Annual statistical returns and brief notes on vaccination in Bengal - 1887-1898
Year: 1887
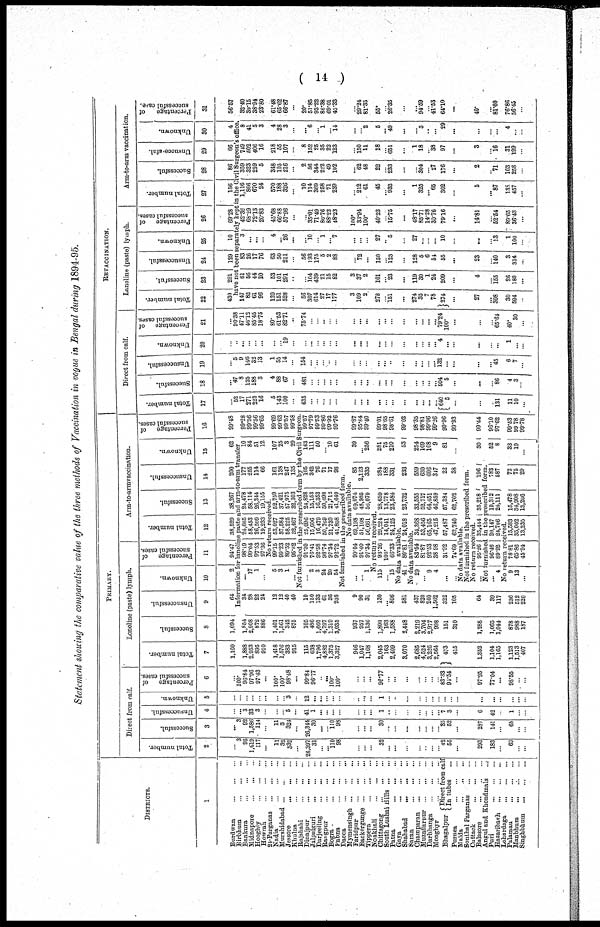
( 14 )
Statement showing the comparative value of the three methods of Vaccination in vogue in Bengal during 1894-95.
DISTRICTS.
1
Burdwan
...
...
...
Birbhum
...
...
...
Bankura
...
...
...
Midnapore
...
...
...
Hooghly
...
...
...
Howrah
...
...
...
2l-Parganas
...
...
...
Nadia
...
...
...
Murshidabad ... ... ...
Jessore
...
...
...
Khulna ... ... ...
Rajshahi
...
...
...
Dinajpur
...
...
...
Jalpaiguri
...
...
...
Darjeeling
...
...
...
Rangpur
...
...
...
Bogra ... ... ...
Pabna
...
...
...
Dacca
...
...
...
Mymensingh ... ... ...
Faridpur ... ... ...
Backergunge ... ... ...
Tippera
...
...
...
Noakhali
...
...
...
Chittagong
...
...
...
South Lushai Hills ... ...
Patna
...
...
...
Gaya
...
...
...
Shahabad
...
...
...
Saran
...
...
...
Champaran
...
...
...
Muzaffarpur ... ... ...
Darbhanga
...
...
...
Monghyr ... ... ...
Bhagalpur Direct from calf
In tubes ...
Purnea
...
...
...
Malda
...
...
...
Sonthal Parganas
...
...
Cuttack
...
...
...
Balasore
...
...
...
Angul and Khondmals ...
Puri
...
...
...
Hazaribagh
...
...
...
Lohardaga
...
...
...
Palamau
...
...
...
Manbhum ... ... ...
Singhbhum
...
...
...
PRIMARY.
Direct from calf.
Total number.
2
...
3
95
1,619
117
...
11
32
332
...
26,397
31
...
...
110
98
...
...
...
32
...
...
...
...
...
...
...
42
55
...
293
183
...
69
...
...
Successful.
3
...
3
92
1,586
114
...
11
3
324
...
26,314
30
...
...
110 98
...
...
...
30
...
...
...
...
...
...
...
35
52
...
287
141
...
68
...
...
Unsuccessful.
4
...
...
3
33
3
...
...
...
5
...
41
1
...
...
...
...
...
...
...
1
...
...
...
...
...
...
...
7
3
...
6
42
...
1
...
...
Unknown.
5
...
...
...
...
...
...
...
...
3
...
12
...
...
...
...
...
...
...
...
1
...
...
...
...
...
...
...
...
...
...
...
...
...
...
...
...
Percentage of
successful cases.
6
...
100.
96.84
97.96
97.43
...
100.
100.
98.48
...
99.84
96.77
...
...
100.
100.
...
...
...
96.77
...
...
...
...
...
...
...
83.33
94.54
...
97.95
77.04
...
98.55
...
...
Lonoline (paste) lymph.
Total number.
7
1,160
...
1,888
2,953
895
910
1,418
1,576
383
915
115
638
1,796
4,882
1,375
3,327
946
1,047
1,168
2,045
163
2,409
3,070
2,685
4,524
3,226
2,564
473
415
1,352
1,104
1,165
1,123
1,513
407
Successful.
8
1,094
...
1,854
2,908
872
886
1,401
1,561
342
875
105
486
1,660
4,797
1,319
3,035
937
957
1,136
1,800
163
1,588
2,448
2,219
3,704
2,977
998
151
310
1,288
1,065
1,044
878
988
187
Unsuccessful.
9
64
Unknown.
10
2
Percentage of
successful cases.
11
94.47
Arm-to-armvaccination.
Total number.
12
38,529
Successful.
13
38,267
Unsuccessful.
14
200
Unknown.
15
62
Information for lanoline paste and arm-to-arm transfer
34
28
22
24
12
12
40
40
10
150
133
61
36
238
9
90
31
130
... 806
581
437
820
240
1,562
322
105
64
39
117
236
512
220
...
17
1
...
98.19
99.04
97.53
97.36
24,665
58,453
26,509
19,233
24,478
58,114
26,344
19,155
177
255
114
66
No return received.
5
3
1
...
99.15
99.23
89.52
95.62
53,027
37,584
58,225
32,467
52,759
37,421
57,975
32,303
161
138
247
135
10
84
51
12
107
25
3
29
P ercentage of
successful cases.
16
99.48
99.28
99.56
99.56
99.65
99.69
99.63
99.57
99.58
Not furnished in the' prescribed form by the Civil Surgeon.
...
2
3
24
20
54
91.30
76.41
92.58
98.74
97.34
92.72
25,096
15,606
16,479
50,769
21,739
41,808
24,828
15,153
16,353
50,698
21,712
41,649
105
342
76
71
17
98
Not furnished in the prescribed form.
No data available.
...
...
1
99.04
91.40
97.34
69,198
51,108
56,661
69,074
48,985
56,070
No return received.
115
...
l5
93.26
100.
66.33
29,221
14,041
24,125
28,659
13,778
23,584
No data available.
41 80.81 24,018 23,732
No data available.
29
...
9
4
...
...
83.54
81.87
92.53
38.98
31.92
74.69
34,368
53,456
65,165
47,215
57,487
62,740
33,555
52,717
64,451
46,859
57,384
62,702
85
2,123
335
284
188
331
233
559
630
606
347
22
38
No data available.
Not furnished in the prescribed form.
No return received.
...
95.26 35,444 35,218
196
Not furnished in the prescribed form.
... 4
96.46
89.92
20,147
24,706
19,312
24,111
783
587
No return received.
9
13
...
78.81
65.86
45.94
15,583
35,002
13,235
15,478
34,908
13,206
72
75
29
163
111
50
...
10
61
39
...
256
281
75
210
53
254
109
108
9
81
...
30
52
8
33
19
...
99.57
97.79
99.53
99.86
99.92
99.76
99.87
95.84
99.40
99.01
98.65
98.61
99.02
98.35
98.81
99.06
99.26
99.96
99.93
99.44
96.10
97.62
99.53
99.78
99.78
REVACCINATION.
Direct from calf.
Total number.
17
...
52
17
271
220
16
5
143
100
...
635
...
...
...
...
...
...
...
...
...
...
...
...
...
...
...
...
640
5
...
...
...
131
11
10
...
Successful.
18
...
47
8
125
188
3
4
88
67
...
481
...
...
...
...
...
...
...
...
...
...
...
...
...
...
...
...
504
5
...
...
...
86
4
3
...
Unsuccessful.
19
...
5
9
146
32
13
1
55
14
...
154
...
...
...
...
...
...
...
...
...
...
...
...
...
...
...
...
132
...
...
...
... 45
6
7
...
Unknown.
20
...
...
...
...
...
...
...
19
...
...
...
...
...
...
...
...
...
...
...
...
...
...
...
...
...
...
4
...
...
...
...
...
1
...
...
Percentage of
successful cases.
21
...
90.38
47.11
46.12
85.45
18.75
80.
61.53
82.71
...
75.74
...
...
..
...
...
...
...
...
...
...
...
...
...
...
...
...
79.24
100.
...
...
...
65.64
40.
30
...
Lanoline (paste) lymph.
Total number.
22
430
Successful.
23
291
Unsuccessful.
24
129
Unknown.
25
10
Percentage of
successful cases.
26
69.28
Arm-to-arm vaccination.
Total number.
27
156
Successful.
28
86
Unsuccessful.
29
66
Unknown.
30
4
Percentage
of
successful case.
31
56.57
have not been separately kept in the Civil Surgeon's office.
147
82
61
96
120
151
528
...
56
307
614
27
17
177
3
109
2
278
...
151
...
274
35
7
78
274
...
27
...
308
30
594
...
61
56
44
20
53
101
291
...
...
104
439
21
15
82
3
37
2
101
... 23
...
119
30
1
24
209
...
4
...
155
26
180
...
83
26
17
76
63
50
211
...
56
193
175
5
2
88
... 72
...
150
...
123
...
128
5
6
54
55
...
23
...
140
3
314
...
3
...
...
4
... 26
...
... 10
...
1
... 7
...
...
...
27
... 5
...
27
...
...
...
10
...
...
... 13
1
100
...
42.36
68.29
72.13
20.83
45.68
66.88
57.96
...
...
35.01
71.49
80.76
88.23
48.23
100.
33.94
100.
40.23
...
15.75
...
48.17
85.71
14.28
30.76
79.16
...
14.81
...
52.54
89.65
36.43
...
1,116
866
670
24
570
188
326
...
10
114
369
258
71
239
...
212
61
45
... 933
...
1
325
...
65
302
...
5
... 87
138
457
...
359
323
259
5
348
105
216
...
2
56
344
222
49
102
... 62
48
22
...
233
...
...
304
...
27
176
...
2
... 71
103
258
...
749
502
406
16
218
55
107
...
8
152
25
35
22
123
...
150
11
18
...
651
...
1
18
...
38
97
...
3
... 16
31
199
...
8
41
5
3
4
28
3
...
... 6
...
1
...
14
...
...
2
5
... 49
...
...
3
...
...
29
...
...
...
...
4
...
...
32.40
39.15
38.94
23.80
61.48
65.62
66.87
...
20.
51.85
93.22
86.38
69.01
45.33
...
29.24
81.35
55.
...
26.35
...
...
94.59
...
41.53
64.10
...
40.
...
81.60
76.86
56.45
...